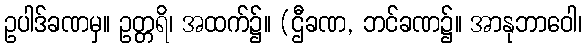
ဥပါဒ်ခဏမှ။ ဥတ္တရိ၊ အထက်၌။ (ဌီခဏ, ဘင်ခဏ၌။ အာနုဘာဝေါ၊